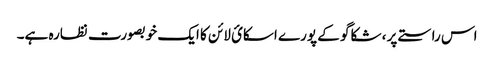
اس راستے پر ، شکاگو کے پورے اسکائ لائن کا ایک خوبصورت نظارہ ہے۔